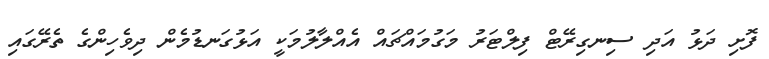
ފޮށި ދަޅު އަދި ސިނގިރޭޓް ފިލްޓަރު މަގުމައްޗައް އެއްލާލުމަކީ އަޅުގަނޑުމެން ދިވެހިންގެ ތެރޭގައި